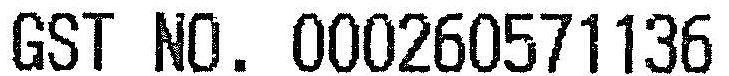
GST NO. 000260571136